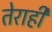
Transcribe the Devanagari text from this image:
तेराही